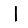
Digit: 1